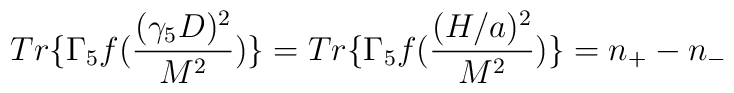
Tr\{\Gamma_{5}f(\frac{(\gamma_{5}D)^{2}}{M^{2}})\}=Tr\{\Gamma_{5}f(\frac{(H/a)^{2}}{M^{2}})\}=n_{+} - n_{-}